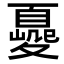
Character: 𡕿